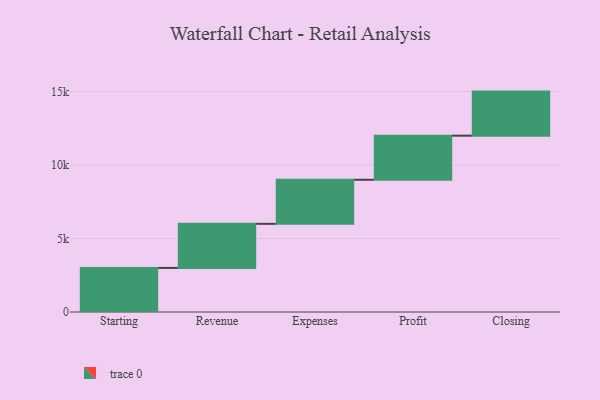
{"axis": {"x": "Step", "y": "Value"}, "legend": [""], "data": [{"x": "Starting", "y": 3000, "type": ""}, {"x": "Revenue", "y": 3000, "type": ""}, {"x": "Expenses", "y": 3000, "type": ""}, {"x": "Profit", "y": 3000, "type": ""}, {"x": "Closing", "y": 3000, "type": ""}]}